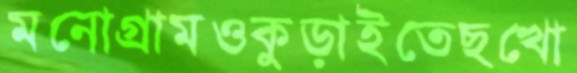
মনোগ্রামওকুড়াইতেছখো